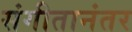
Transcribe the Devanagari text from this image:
संगीतानंतर